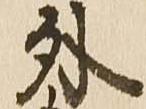
外